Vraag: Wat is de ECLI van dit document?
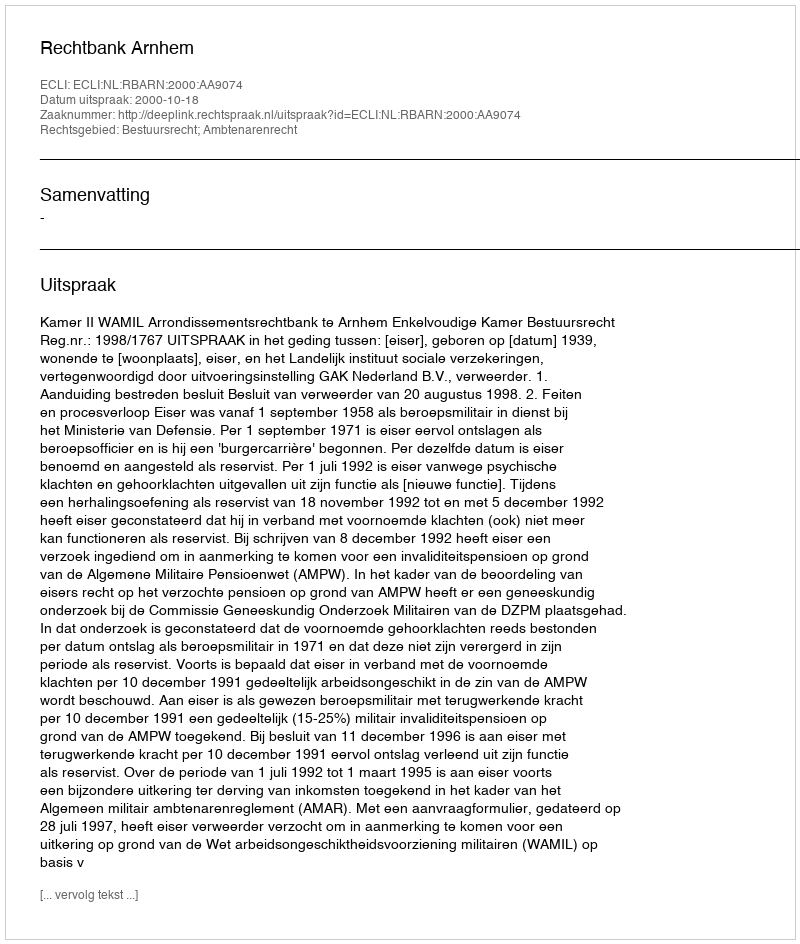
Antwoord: ECLI:NL:RBARN:2000:AA9074